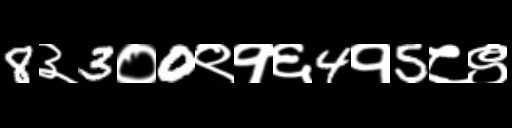
Text: 8३3०0९१६4१5८९